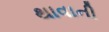
થાવાની